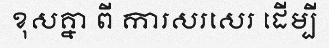
ខុសគ្នា ពី ការសរសេរ ដើម្បី